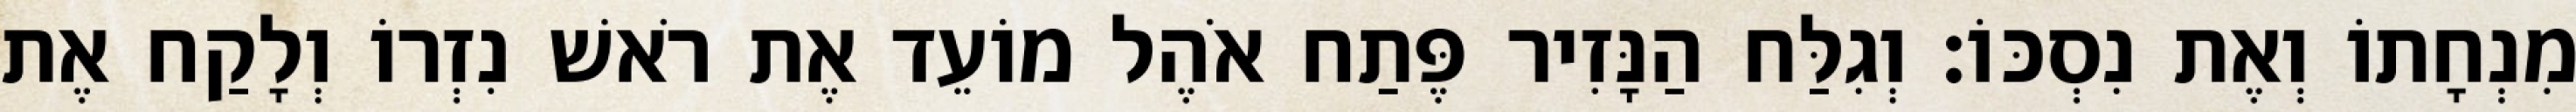
מִנְחָתוֹ וְאֶת נִסְכּוֹ׃ וְגִלַּח הַנָּזִיר פֶּתַח אֹהֶל מוֹעֵד אֶת רֹאשׁ נִזְרוֹ וְלָקַח אֶת